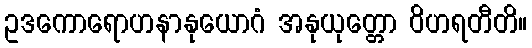
ဥဒကောရောဟနာနုယောဂံ အနုယုတ္တော ဝိဟရတီတိ။